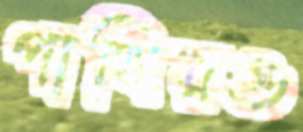
পাখিরও